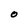
Character: O